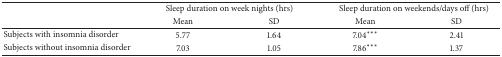
<table><thead><tr><td><b> </b></td><td colspan="2"><b>Sleep duration on week nights (hrs)</b></td><td colspan="2"><b>Sleep duration on weekends/days off (hrs)</b></td></tr><tr><td><b> </b></td><td><b>Mean</b></td><td><b>SD</b></td><td><b>Mean</b></td><td><b>SD</b></td></tr></thead><tbody><tr><td>Subjects with insomnia disorder</td><td>5.77</td><td>1.64</td><td>7.04***</td><td>2.41</td></tr><tr><td>Subjects without insomnia disorder</td><td>7.03</td><td>1.05</td><td>7.86***</td><td>1.37</td></tr></tbody></table>